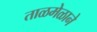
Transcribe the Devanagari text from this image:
ताळमेळाने